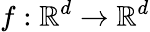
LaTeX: f:\mathbb{R}^{d}\to\mathbb{R}^{d}